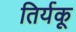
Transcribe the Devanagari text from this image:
तिर्यकू